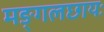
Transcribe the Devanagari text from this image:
मङ्गलछायः